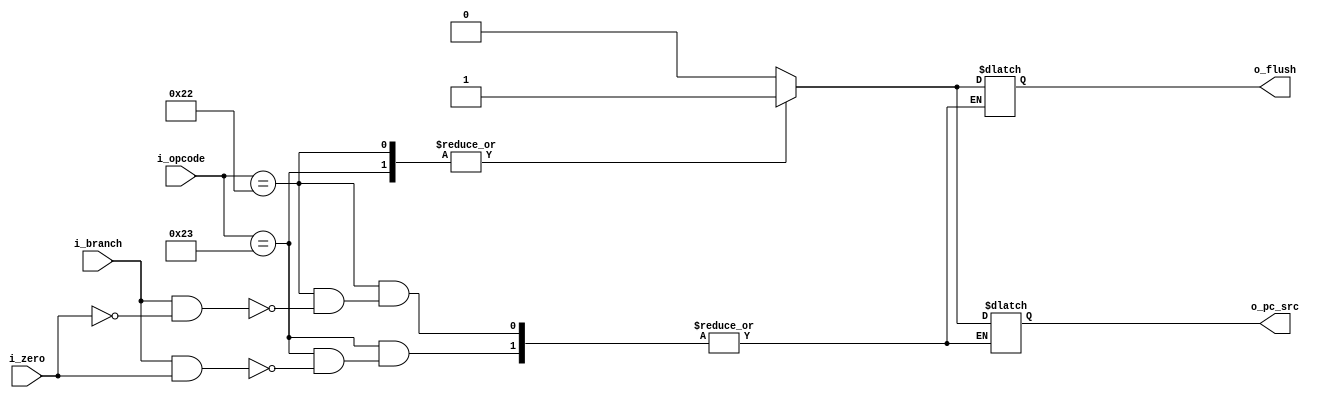
`timescale 1ns / 1ps

module branch_control
(
    output wire             o_pc_src    ,
    output wire             o_flush     ,

    input  wire             i_branch    ,
    input  wire             i_zero      ,
    input  wire [6  -1 : 0] i_opcode
);

    reg pc_src;
    reg flush;

    always @(*) begin : output_logic
        case(i_opcode)
            6'b100011: begin // BEQ
                if (i_branch && i_zero) begin
                    pc_src = 1'b1;
                    flush  = 1'b1;
                end
            end

            6'b100010: begin // BNE
                if (i_branch && ~i_zero) begin
                    pc_src = 1'b1;
                    flush  = 1'b1;
                end
            end

            default: begin
                pc_src = 1'b0;
                flush  = 1'b0;
            end
        endcase
    end

    // --------------------------------------------------
    // Output assignments
    // --------------------------------------------------
    assign o_pc_src = pc_src;
    assign o_flush  = flush;

endmodule